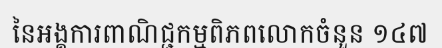
នៃអង្គការពាណិជ្ជកម្មពិភពលោកចំនួន ១៤៧